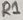
Text: R1